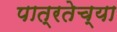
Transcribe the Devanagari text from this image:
पात्रतेच्या